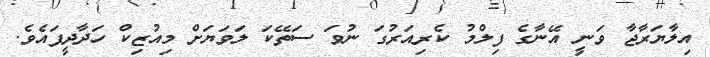
އިލާޔަރާޖާ ވަނީ އޭނާގެ ފިލްމު ކެރިއަރުގަ ނުވަ ސަތޭކަ ލަވަޔަށް މިއުޒިކް ހަދާދީފައެވެ.